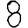
Digit: 8